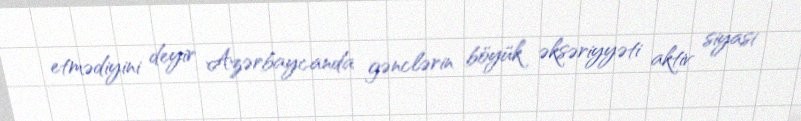
etmədiyini deyir Azərbaycanda gənclərin böyük əksəriyyəti aktiv siyasi